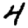
Digit: 4